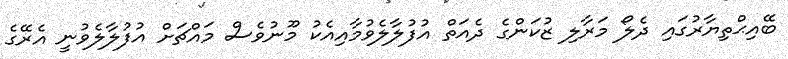
ބޭއިޙްތިޔާރުގައި ދެލޯ މަރާލި ޒުކަންގެ ދެއަތް އުފުލާލެވުމާއިއެކު މޫނުވެސް މައްޗަށް އުފުލާލެވުނީ އެރޭގެ